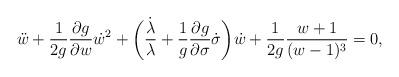
LaTeX: \begin{align*}{\ddot w}+\frac{1}{2g}\frac{\partial g}{\partial w}{\dot w}^2+\biggl(\frac{\dot \lambda}{\lambda}+\frac{1}{g}\frac{\partial g}{\partial \sigma}\dot\sigma\biggr)\dot w+\frac{1}{2g}\frac{w+1}{(w-1)^3}=0,\end{align*}